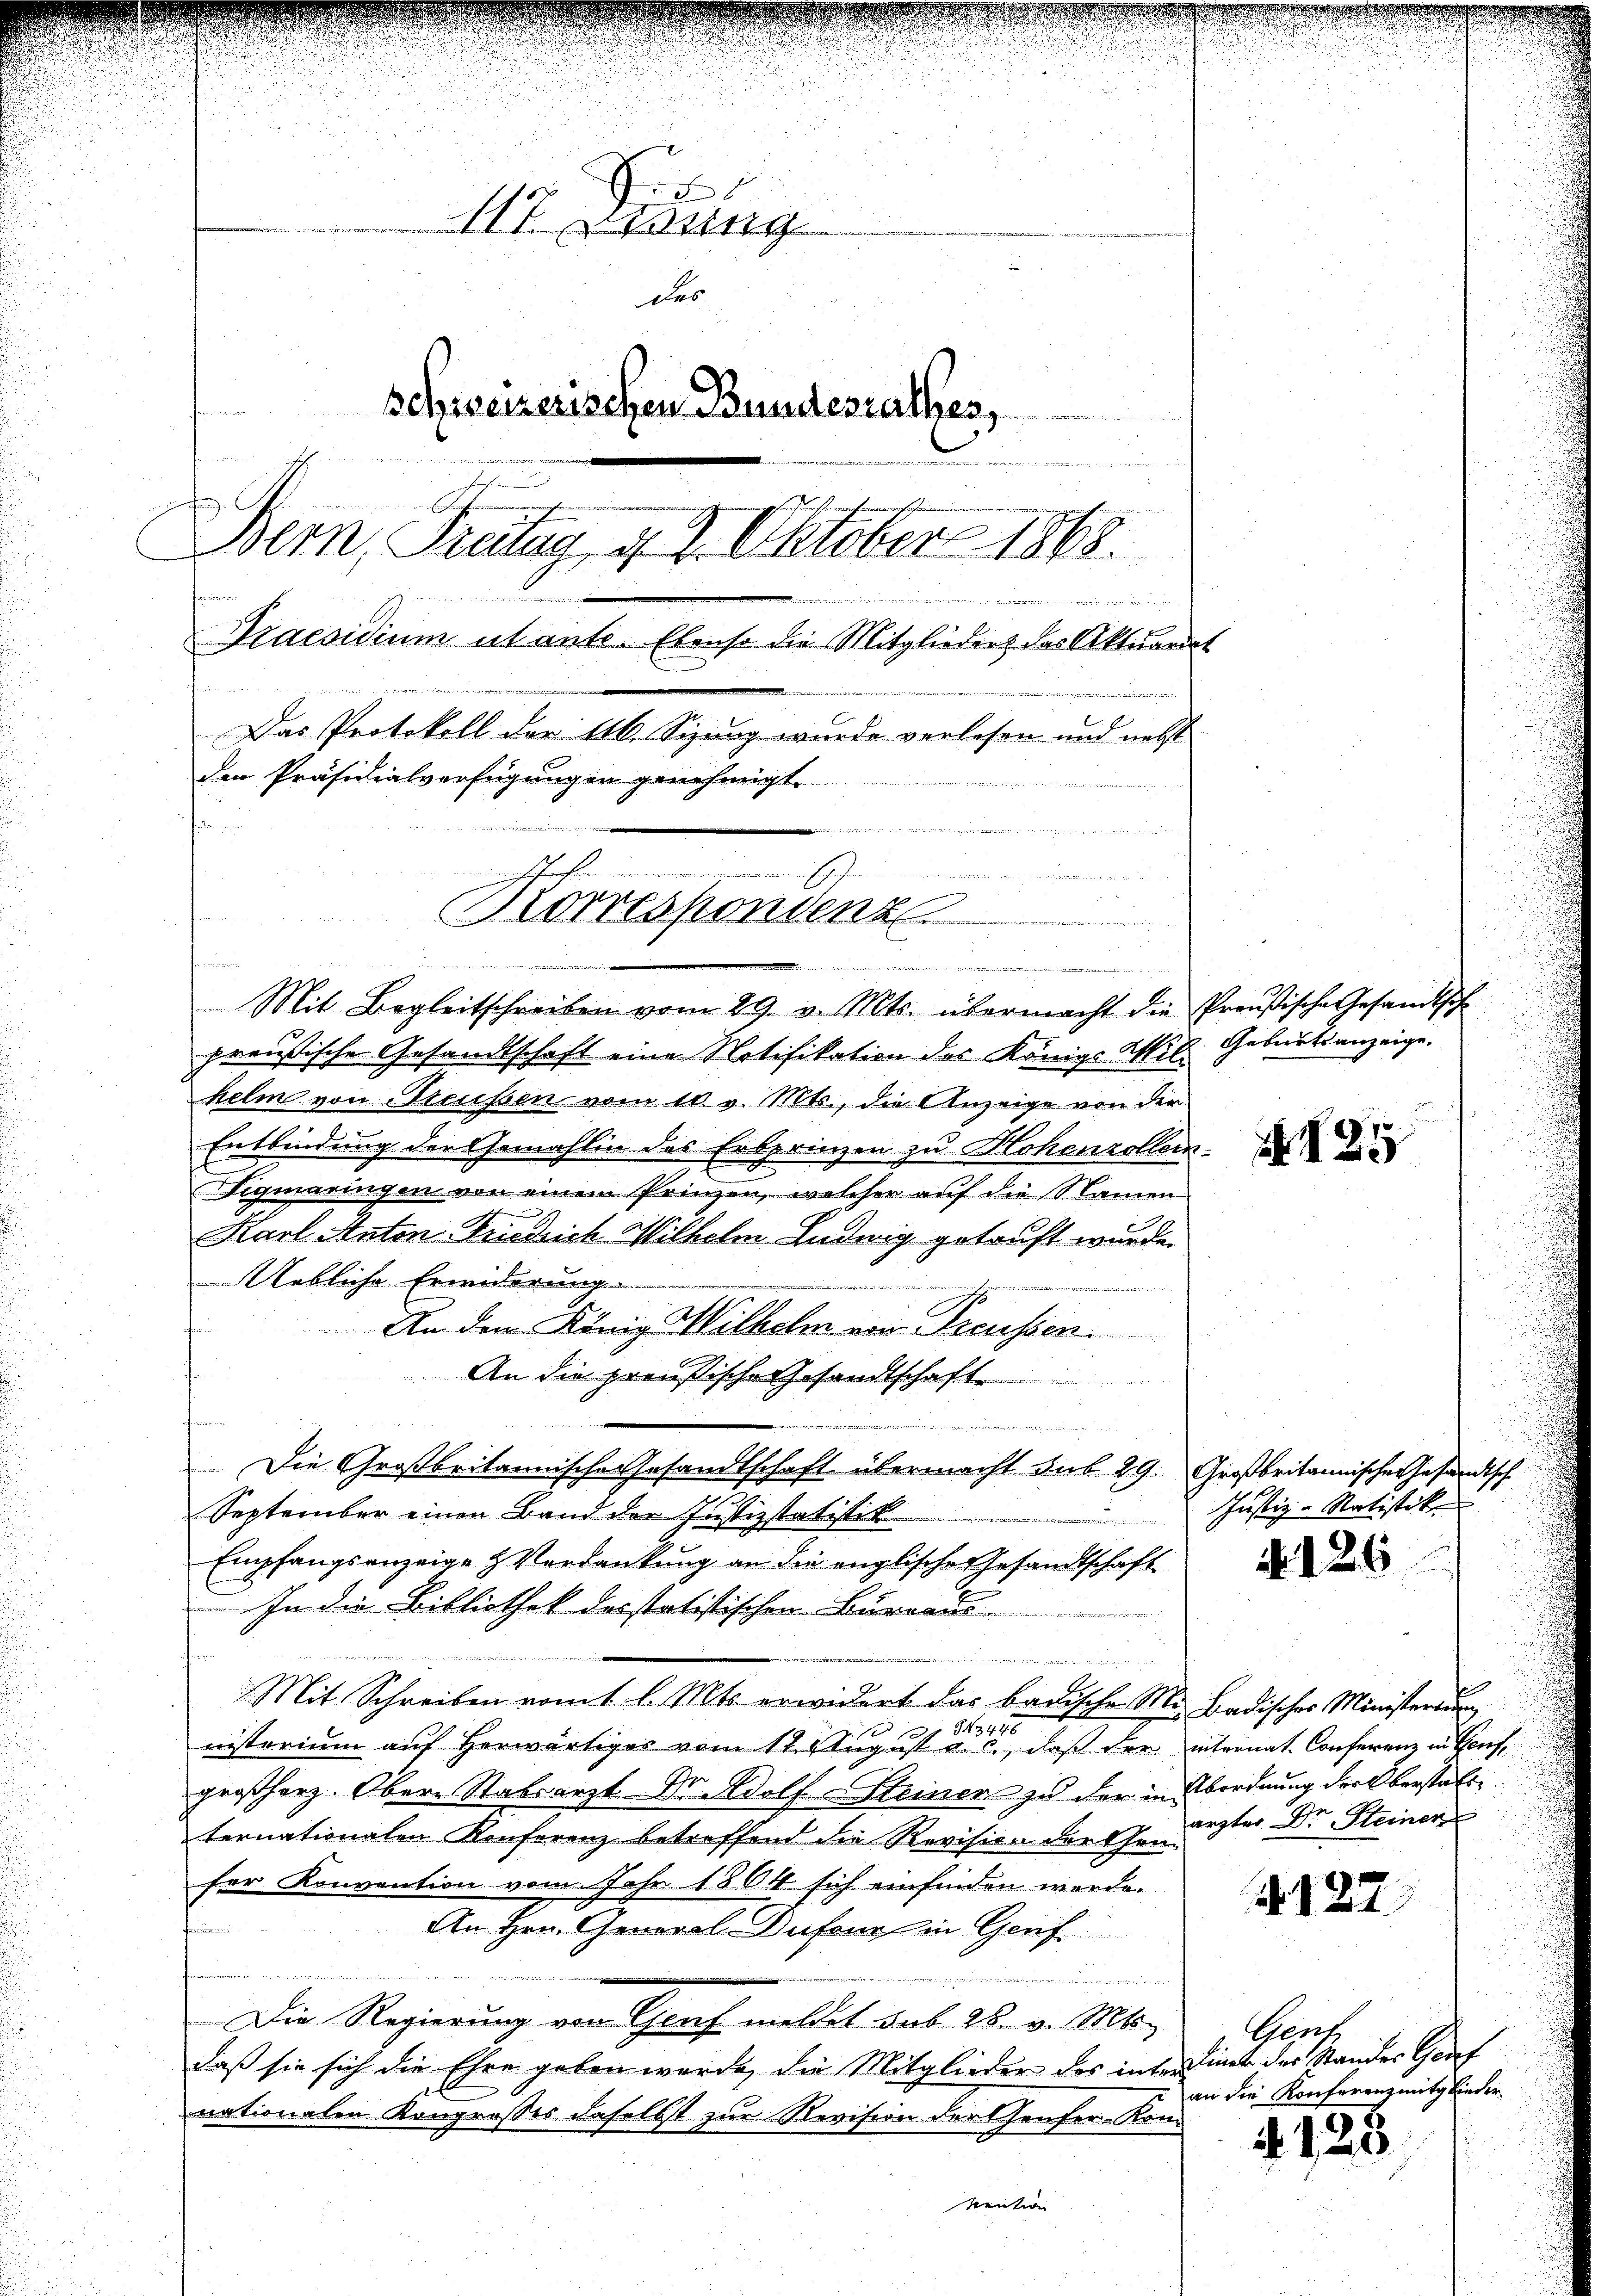
117. Jung
des
schereizerischen Bundesrathes,
t u den
Bern, Kratag v. 4. Oktober 1868.
s

Praesidium utante. Ebenso die Mitglieder das Aktuariat

Das Protokoll der 116. Sizung wurde verlesen und nebst
den Präsidialverfügungen genehmigt.
femin
u
..  ..
Korrespondenz

Minutenannt

Mit Begleitschreiben vom 29. v. Mts. übermacht die Preußische Gesandtsch
preußische Gesandtschaft eine Notifikation des Königs W. B. Geburtsanzeige,
helm von Steusen vom 10. v. Mts., die Anzeige von der
Entbindung der Gemahlin des Erbprinzen zu Hohenzoller-
Siquaringen von einem Prinzen, welcher auf die Namen
Karl Anton-Friedrich Wilhelm Ludwig getauft wurde.
Uebliche Erwiderung.
eder
i
An dem König Wilhelm von Freussen.
An die preußische Gesandtschaft
aferein

Die Großbritannische Gesandtschaft übermacht sub 29. Großbritannische Gesandtsch.
September einen Band der Justizstatistik
u
Empfangsanzeige & Verdankung an die englische Gesandtschaft
 In die Bibliothek desstatistischen Büreaus.
 Wie des
Mit Schreiben vomt l. Mts. erwidert das badische Mn badisches Ministerium
43446
nisterium aŭf herwärtiges vom 17. Aŭgŭst a. c., daβ der internat. Conferenz in Genf,
großherz. Obere Stabsarzt Dr. Adolf Steiner zu der in Abordnung der Oberstatt
ternationalen Konferenz betreffend die Revision der che wester Dr Steiner
fer Konvention vom Jahr 1864 sich einfinden werde.
An Hrn. General-Dufour in Genf
.
Die Regierung von Graf meldet sub 28. v. Mts.
daß sie sich die Ehre geben werde, die Mitglieder des interdinet der Standes Graf
nationalen Kongrosses daselbst zur Revision der Genfer-Kon
vention

e
Z. 123

Justiz - Natistik

N 126

127.

Geoch.
an die Konferenz mitglieder

4125